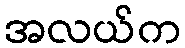
အလယ်က